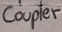
Text: Coupler